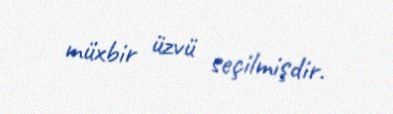
müxbir üzvü seçilmişdir.